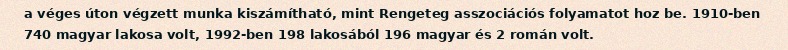
a véges úton végzett munka kiszámítható, mint Rengeteg asszociációs folyamatot hoz be. 1910-ben 740 magyar lakosa volt, 1992-ben 198 lakosából 196 magyar és 2 román volt.